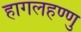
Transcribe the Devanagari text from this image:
हागलहण्णु